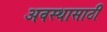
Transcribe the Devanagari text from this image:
अवस्थासाठी